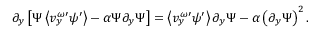
\partial _ { y } \left[ \Psi \left\langle v _ { y } ^ { \omega \prime } \psi ^ { \prime } \right\rangle - \alpha \Psi \partial _ { y } \Psi \right] = \left\langle v _ { y } ^ { \omega \prime } \psi ^ { \prime } \right\rangle \partial _ { y } \Psi - \alpha \left( \partial _ { y } \Psi \right) ^ { 2 } .